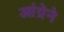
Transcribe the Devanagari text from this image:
आंग्रेने